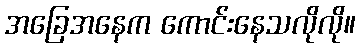
အခြေအနေက ကောင်းနေသလိုလို။